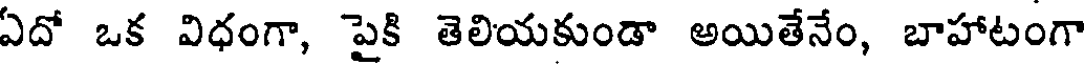
ఏదో ఒక విధంగా, పైకి తెలియకుండా అయితేనేం, బాహాటంగా